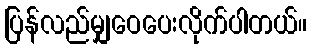
ပြန်လည်မျှဝေပေးလိုက်ပါတယ်။